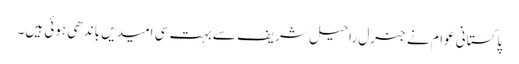
پاکستانی عوام نے جنرل راحیل شریف سے بہت سی امیدیں باندھی ہوئی ہیں۔